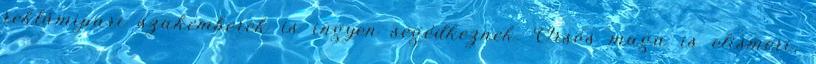
reklámipari szakemberek is ingyen segédkeznek. Orsós maga is elismeri,